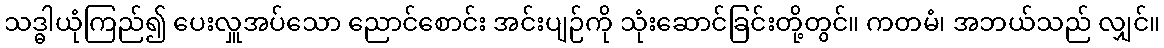
သဒ္ဓါယုံကြည်၍ ပေးလှူအပ်သော ညောင်စောင်း အင်းပျဉ်ကို သုံးဆောင်ခြင်းတို့တွင်။ ကတမံ၊ အဘယ်သည် လျှင်။